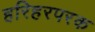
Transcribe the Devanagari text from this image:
हरिहरपरक